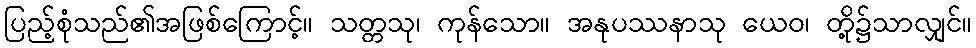
ပြည့်စုံသည်၏အဖြစ်ကြောင့်။ သတ္တသု၊ ကုန်သော။ အနုပဿနာသု ယေဝ၊ တို့၌သာလျှင်။